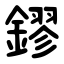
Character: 鏐